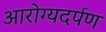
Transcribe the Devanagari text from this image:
आरोग्यदर्पण